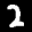
Label: 2